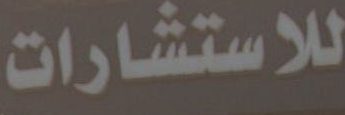
للاستشارات